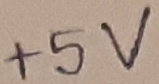
Text: +5V